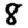
Digit: 8